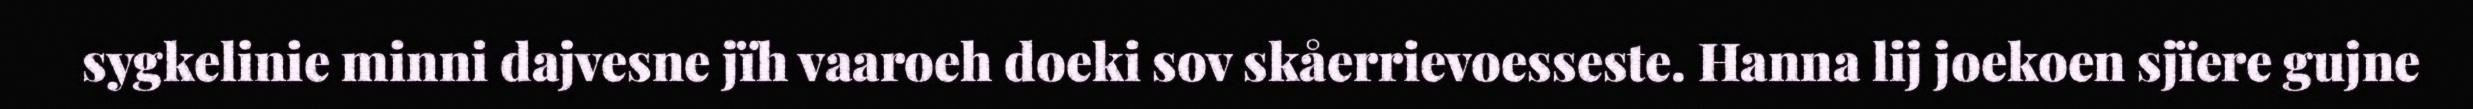
sygkelinie minni dajvesne jïh vaaroeh doeki sov skåerrievoesseste. Hanna lij joekoen sjïere gujne